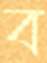
ব